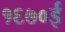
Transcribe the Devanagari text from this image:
१६७०ई